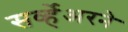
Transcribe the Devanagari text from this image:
सर्व्हेअरने